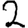
Digit: 2